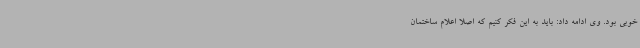
خوبی بود. وی ادامه داد: باید به این فکر کنیم که اصلا اعلام ساختمان